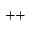
^ { + + }